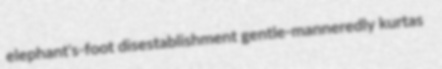
elephant's-foot disestablishment gentle-manneredly kurtas